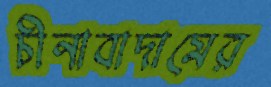
চীনাবাদামের